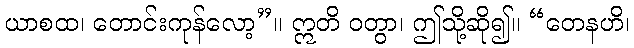
ယာစထ၊ တောင်းကုန်လော့”။ ဣတိ ဝတွာ၊ ဤသို့ဆို၍။ “တေနဟိ၊